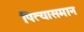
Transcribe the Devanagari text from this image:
पित्यासमान